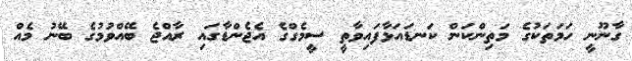
ގާނޫނީ ހަމަތަކުގެ މަތިންކަން ކަނޑައަޅާފައިވާތީ ސީމެގްގެ އެޖެންޑާގައި ރާއްޖެ ބޭއްވުމުގެ ބޭނު މެއް